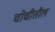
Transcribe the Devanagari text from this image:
चोचीतील